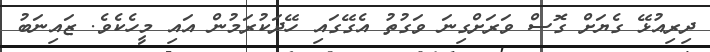
ދިރިއުޅޭ ގެޔަށް ގޮސް ވަރަށްގިނަ ވަގުތު އެގޭގައި ހޭދަކުރަމުން އައި މީހެކެވެ. ޒައިނަބު